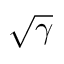
\sqrt { \gamma }